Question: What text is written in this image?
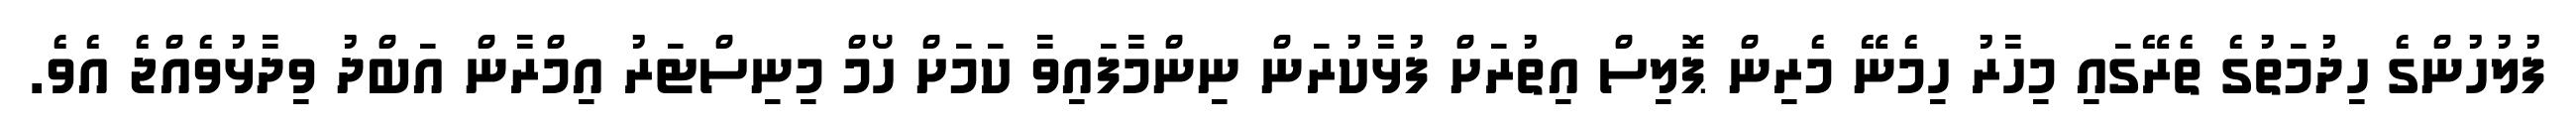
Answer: ފުލުހުންގެ ހިދުމަތުގެ ތެރޭގައި މިހާރު ހިމެނޭ މެރިން ޕޮލިސް އިތުރަށް ފުޅާކުރަން ނިންމާފައިވާ ކަމަށް ހޯމް މިނިސްޓަރު އިމްރާން އަބްދު ވިދާޅުވެއްޖެ އެވެ.